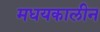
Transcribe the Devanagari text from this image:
मधयकालीन